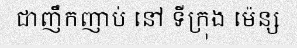
ជាញឹកញាប់ នៅ ទីក្រុង ម៉េន្ស